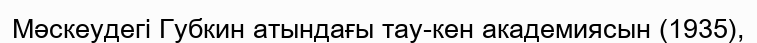
Мәскеудегі Губкин атындағы тау-кен академиясын (1935),